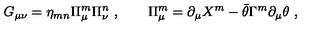
G _ { \mu \nu } = \eta _ { m n } \Pi _ { \mu } ^ { m } \Pi _ { \nu } ^ { n } \ , \qquad \Pi _ { \mu } ^ { m } = \partial _ { \mu } X ^ { m } - \bar { \theta } \Gamma ^ { m } \partial _ { \mu } \theta \ ,